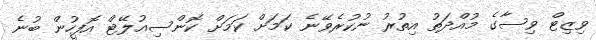
ވިޒިޓް ވިސާގެ މުއްދަތު އިތުރު ނުކުރެވޭނެ ކަމަށް ކަމަށް ކޮންސިއުލޭޓް އޮފީހުން ބުނެ